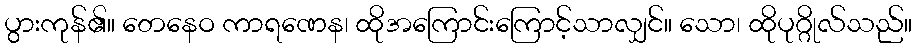
ပွားကုန်၏။ တေနေဝ ကာရဏေန၊ ထိုအကြောင်းကြောင့်သာလျှင်။ သော၊ ထိုပုဂ္ဂိုလ်သည်။